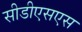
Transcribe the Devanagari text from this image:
सीडीएसएस